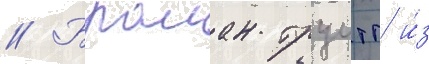
// Браиан труитт и́з